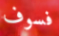
فسوف